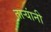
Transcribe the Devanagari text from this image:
ताऱ्यांनी